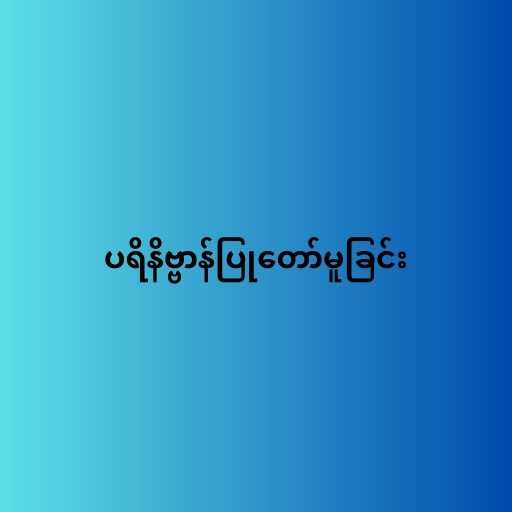
ပရိနိဗ္ဗာန်ပြုတော်မူခြင်း